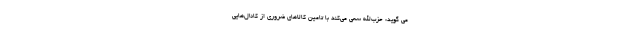
می گوید: حزب‌الله سعی می‌کند با تامین کالاهای ضروری از کانال‌هایی